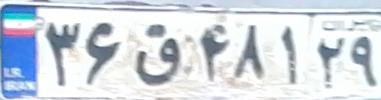
۳۶ق۴۸۱۲۹